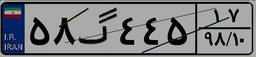
۵۸گ۴۴۵۱۷